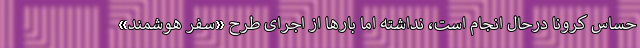
حساس کرونا درحال انجام است، نداشته اما بارها از اجرای طرح «سفر هوشمند»